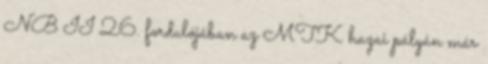
NB II 26. fordulójában az MTK hazai pályán már